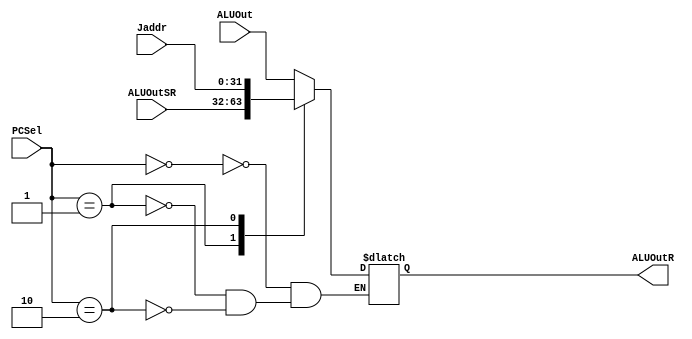
module Mux6(ALUOut,ALUOutR,Jaddr,PCSel,ALUOutSR);
input [31:0] ALUOut,Jaddr,PCSel,ALUOutSR;
output reg [31:0] ALUOutR;
always @(*)
begin
case(PCSel)
0: ALUOutR = ALUOut;
1: ALUOutR = ALUOutSR;
2: ALUOutR = {ALUOutR[31:26],Jaddr};
endcase 
end
endmodule